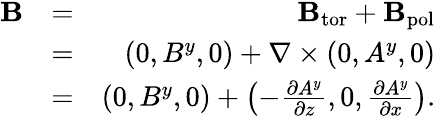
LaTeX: \begin{array}{rlr}{{\mathbf{B}}}&{=}&{{\mathbf{B}}_{\mathrm{{tor}}}+{\mathbf{B}}_{\mathrm{pol}}}\\ &{=}&{(0,B^{y},0)+\nabla\times\left({0,A^{y},0}\right)}\\ &{=}&{(0,B^{y},0)+\left({-\frac{\partial A^{y}}{\partial z},0,\frac{\partial A^{y}}{\partial x}}\right).}\end{array}